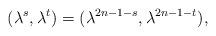
LaTeX: \begin{align*}(\lambda^{s},\lambda^{t})=(\lambda^{2n-1-s},\lambda^{2n-1-t}),\end{align*}